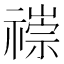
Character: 𥛢